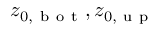
z _ { 0 , \mathrm { ~ b ~ o ~ t ~ } } , z _ { 0 , \mathrm { ~ u ~ p ~ } }